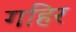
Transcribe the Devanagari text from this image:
गहिर